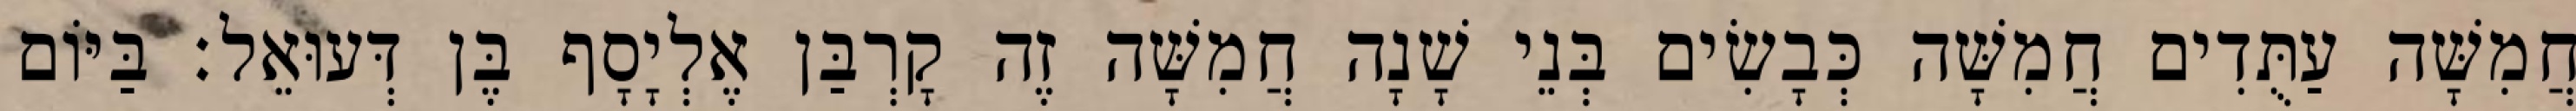
חֲמִשָּׁה עַתֻּדִים חֲמִשָּׁה כְּבָשִׂים בְּנֵי שָׁנָה חֲמִשָּׁה זֶה קָרְבַּן אֶלְיָסָף בֶּן דְּעוּאֵל׃ בַּיּוֹם